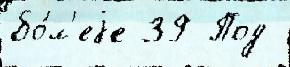
бо́л'еjе 39 Под